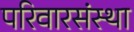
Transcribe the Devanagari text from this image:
परिवारसंस्था